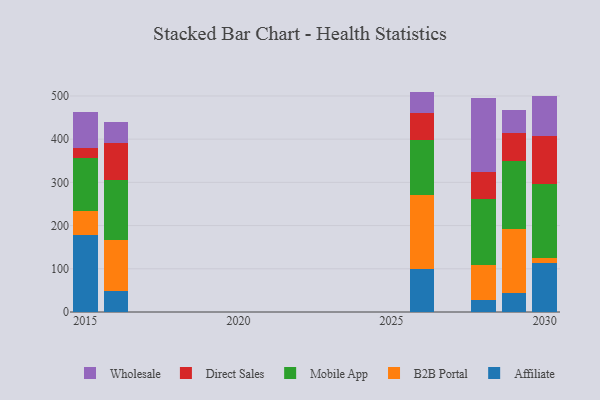
{"axis": {"x": "Year", "y": "Headcount"}, "legend": ["Affiliate", "B2B Portal", "Direct Sales", "Mobile App", "Wholesale"], "data": [{"x": "2029", "y": 45.0, "type": "Affiliate"}, {"x": "2029", "y": 147.6, "type": "B2B Portal"}, {"x": "2029", "y": 156.0, "type": "Mobile App"}, {"x": "2029", "y": 66.7, "type": "Direct Sales"}, {"x": "2029", "y": 52.1, "type": "Wholesale"}, {"x": "2016", "y": 49.6, "type": "Affiliate"}, {"x": "2016", "y": 115.9, "type": "B2B Portal"}, {"x": "2016", "y": 140.0, "type": "Mobile App"}, {"x": "2016", "y": 86.5, "type": "Direct Sales"}, {"x": "2016", "y": 48.3, "type": "Wholesale"}, {"x": "2015", "y": 179.1, "type": "Affiliate"}, {"x": "2015", "y": 55.0, "type": "B2B Portal"}, {"x": "2015", "y": 121.3, "type": "Mobile App"}, {"x": "2015", "y": 23.6, "type": "Direct Sales"}, {"x": "2015", "y": 84.0, "type": "Wholesale"}, {"x": "2026", "y": 99.1, "type": "Affiliate"}, {"x": "2026", "y": 172.2, "type": "B2B Portal"}, {"x": "2026", "y": 127.1, "type": "Mobile App"}, {"x": "2026", "y": 63.0, "type": "Direct Sales"}, {"x": "2026", "y": 48.7, "type": "Wholesale"}, {"x": "2028", "y": 27.6, "type": "Affiliate"}, {"x": "2028", "y": 80.4, "type": "B2B Portal"}, {"x": "2028", "y": 152.7, "type": "Mobile App"}, {"x": "2028", "y": 63.7, "type": "Direct Sales"}, {"x": "2028", "y": 170.1, "type": "Wholesale"}, {"x": "2030", "y": 113.2, "type": "Affiliate"}, {"x": "2030", "y": 10.8, "type": "B2B Portal"}, {"x": "2030", "y": 171.5, "type": "Mobile App"}, {"x": "2030", "y": 111.7, "type": "Direct Sales"}, {"x": "2030", "y": 93.5, "type": "Wholesale"}]}